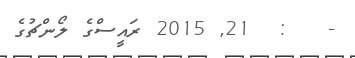
-   :  21